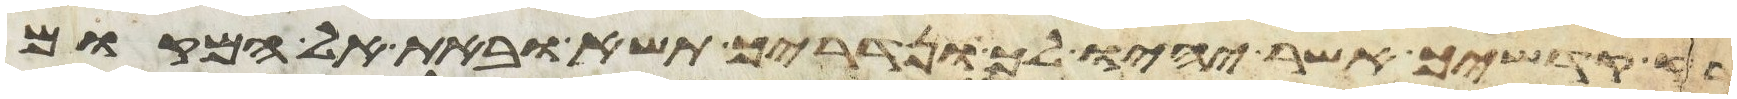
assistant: קדשיך אשר יהיו לך ונדריך תשא ובאת אל המקום